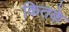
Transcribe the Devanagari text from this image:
कितके